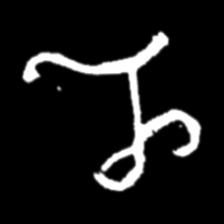
Pyu character \u2014 Myanmar letter: ည (romanized: nya)